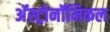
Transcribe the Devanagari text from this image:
अॅस्ट्रोनॉमिकल